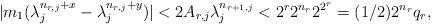
LaTeX: \begin{align*}|m_1 (\lambda_j^{n_{r,j}+x}-\lambda_j^{n_{r,j}+y})|<2 A_{r,j} \lambda_j^{n_{r+1,j}} < 2^r 2^{n_r} 2^{2^r}= (1/2) 2^{n_{r}}q_r,\end{align*}